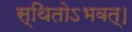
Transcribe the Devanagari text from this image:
स्थितोऽभवत्‌।